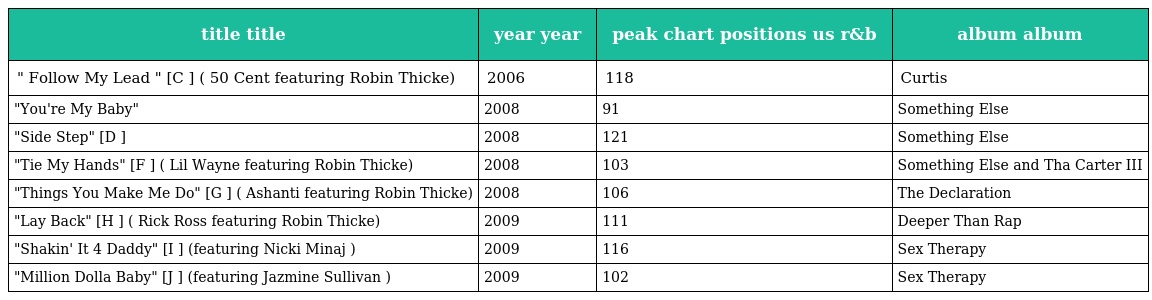
| title title | year year | peak chart positions us r&b | album album |
 | --- | --- | --- | --- |
 | " Follow My Lead " [C ] ( 50 Cent featuring Robin Thicke) | 2006 | 118 | Curtis |
 | "You're My Baby" | 2008 | 91 | Something Else |
 | "Side Step" [D ] | 2008 | 121 | Something Else |
 | "Tie My Hands" [F ] ( Lil Wayne featuring Robin Thicke) | 2008 | 103 | Something Else and Tha Carter III |
 | "Things You Make Me Do" [G ] ( Ashanti featuring Robin Thicke) | 2008 | 106 | The Declaration |
 | "Lay Back" [H ] ( Rick Ross featuring Robin Thicke) | 2009 | 111 | Deeper Than Rap |
 | "Shakin' It 4 Daddy" [I ] (featuring Nicki Minaj ) | 2009 | 116 | Sex Therapy |
 | "Million Dolla Baby" [J ] (featuring Jazmine Sullivan ) | 2009 | 102 | Sex Therapy |